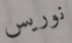
نوريس